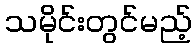
သမိုင်းတွင်မည့်